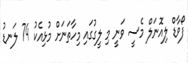
ފޯވާޑް ލިއޮނަލް މެސީ ވަނީ މި ލީގުގައި މިހާތަނަށް މުޅިއެކު 74 ލަނޑު